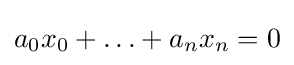
a_{0}x_{0}+\ldots +a_{n}x_{n}=0